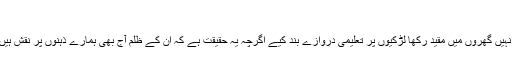
‘
ان کے بقول ’طالبان نے سب سے زیادہ جبر خواتین پر کرکے انہیں گھروں میں مقید رکھا لڑکیوں پر تعلیمی دروازے بند کیے اگرچہ یہ حقیقت ہے کہ ان کے ظلم آج بھی ہمارے ذہنوں پر نقش ہیں لیکن اب ہم ان کے خوف سے خود کو آزاد محسوس کرتے ہیں۔